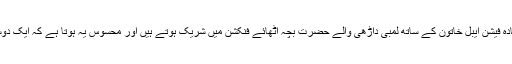
کئی بار ایسا منظر بھی دیکھنے کو ملتا ہے کہ بہت زیادہ فیشن ایبل خاتون کے ساتھ لمبی داڑھی والے حضرت بچہ اٹھائے فنکشن میں شریک ہوتے ہیں اور محسوس یہ ہوتا ہے کہ ایک دوسرے کی صحبت نے بھی دونوں پر کوئی اثر نہیں ڈالا۔